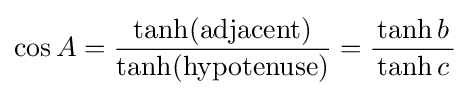
\cos A={\frac {\textrm {tanh(adjacent)}}{\textrm {tanh(hypotenuse)}}}={\frac {\tanh b}{\,\tanh c\,}}